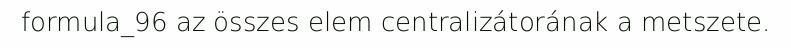
formula_96 az összes elem centralizátorának a metszete.